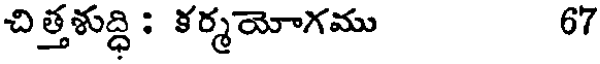
చిత్తశుద్ధి: కర్మయోగము 67